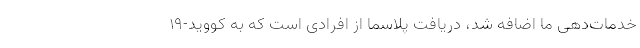
خدمات‌دهی ما اضافه شد، دریافت پلاسما از افرادی است که به کووید-۱۹